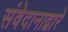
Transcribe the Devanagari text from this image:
संवेदानाद्वारे